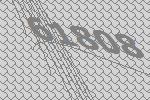
61808